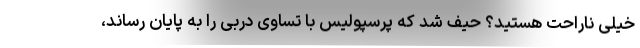
خیلی ناراحت هستید؟ حیف شد که پرسپولیس با تساوی دربی را به پایان رساند،